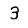
Digit: 3